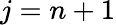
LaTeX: j=n+1